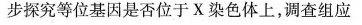
步探究等位基因是否位于X染色体上，调查组应